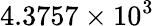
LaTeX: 4.3757\times 10^{3}